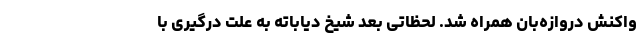
واکنش دروازه‌بان همراه شد. لحظاتی بعد شیخ دیاباته به علت درگیری با